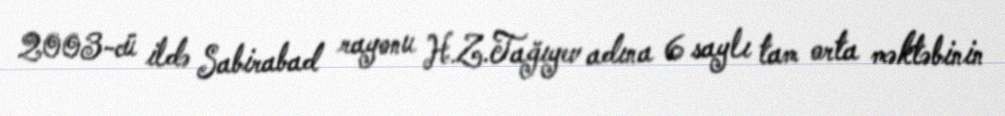
2003-cü ildə Sabirabad rayonu H.Z.Tağıyev adına 6 saylı tam orta məktəbinin